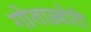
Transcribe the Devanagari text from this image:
गोताख़ोरी